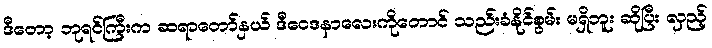
ဒီတော့ ဘုရင်ကြီးက ဆရာတော်နှယ် ဒီဝေဒနာလေးကိုတောင် သည်းခံနိုင်စွမ်း မရှိဘူး ဆိုပြီး လှည့်